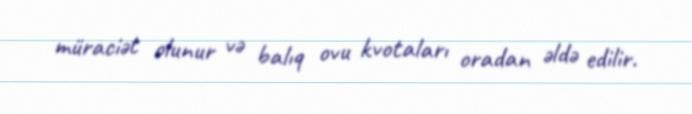
müraciət olunur və balıq ovu kvotaları oradan əldə edilir.